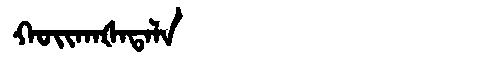
Manchu: ᡴᠣᡳᡴᠠᡧᠠᡨᠠᠯᠠ
Romanization: KOIKAŠATALA